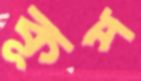
কূপ